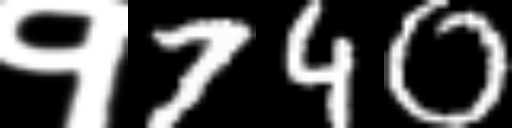
Text: १740